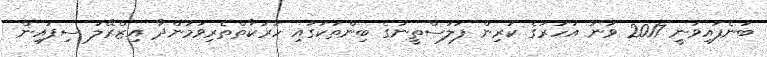
ބުނެފައިވަނީ 2017 ވަނަ އަހަރުގެ ކުރިން ފަލަސްތީނުގެ ބިންތަކުގައި ހަރަކާތްތެރިވަމުންދާ އިޒްރޭލު ސިފައިން